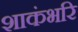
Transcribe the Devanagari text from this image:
शाकंभरि